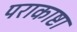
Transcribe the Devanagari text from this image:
पराकाष्टा